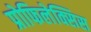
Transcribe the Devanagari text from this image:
प्रोफिलेक्सिस